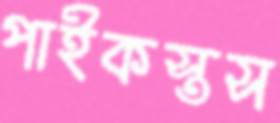
পাইকস্তস